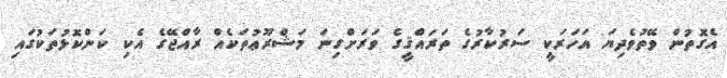
އެގޮތުން ވޭތުވެދިޔަ އަހަރަކީ ސަރުކާރުގެ ތަރައްޤީގެ ވަރަށްގިނަ މަޝްރޫޢުތަކެއް ރާއްޖޭގެ އެކި ކަންކޮޅުތަކުގައި